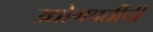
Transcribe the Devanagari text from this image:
उद्योगपतींची